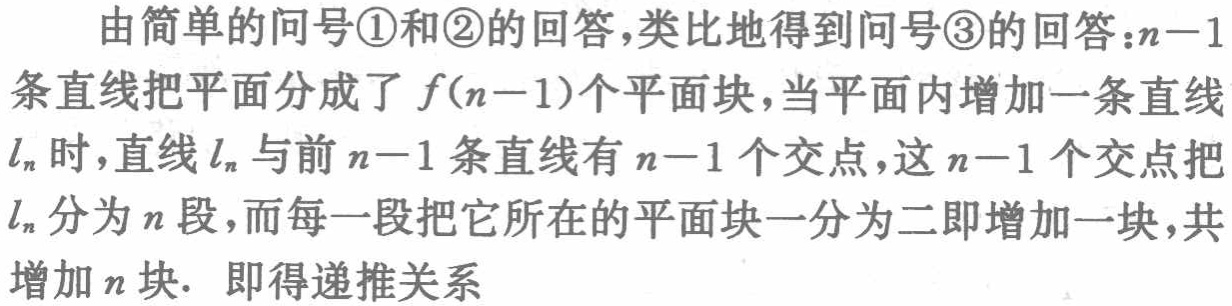
由简单的问号\textcircled{1}和\textcircled{2}的回答,类比地得到问号\textcircled{3}的回答：\(n - 1\)条直线把平面分成了\(f(n - 1)\)个平面块，当平面内增加一条直线\(l_{n}\)时，直线\(l_{n}\)与前\(n - 1\)条直线有\(n - 1\)个交点，这\(n - 1\)个交点把\(l_{n}\)分为\(n\)段，而每一段把它所在的平面块一分为二即增加一块，共增加\(n\)块. 即得递推关系